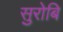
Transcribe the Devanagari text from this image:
सुरोबि